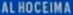
ALHOCEIMA